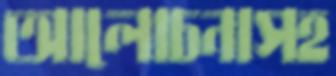
আলোচনাসহ